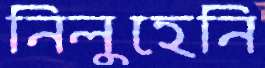
নিলুহেনি